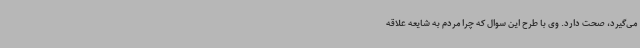
می‌گیرد، صحت دارد. وی با طرح این سوال که چرا مردم به شایعه علاقه